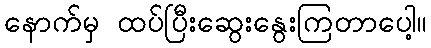
နောက်မှ ထပ်ပြီးဆွေးနွေးကြတာပေါ့။